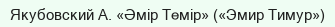
Якубовский А. «Әмір Темір» («Эмир Тимур»)